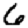
Digit: 6